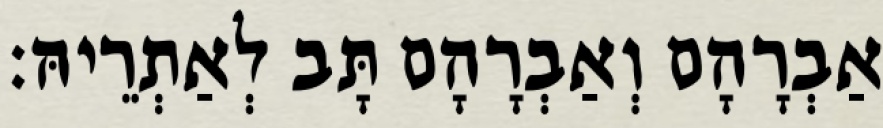
אַבְרָהָם וְאַבְרָהָם תָּב לְאַתְרֵיהּ׃